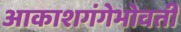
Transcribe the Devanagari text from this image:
आकाशगंगेभोवती